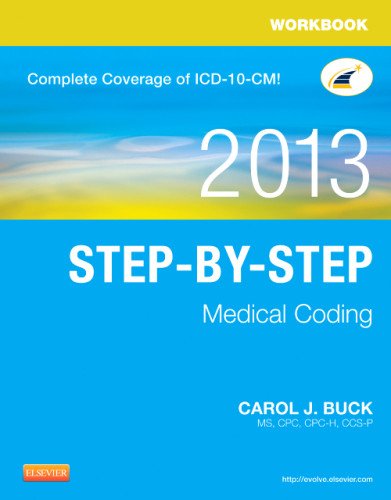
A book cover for Workbook for Step-by-Step Medical Coding, 2013 Edition, 1e; Carol J. Buck MS  CPC  CCS-P; Medical Books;